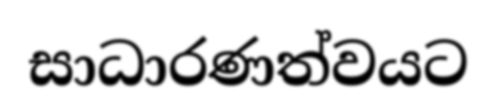
සාධාරණත්වයට